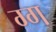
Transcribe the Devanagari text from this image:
ग्ग